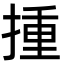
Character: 揰